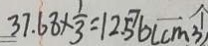
3 7 . 6 8 \times \frac { 1 } { 3 } = 1 2 . 5 6 ( c m ^ { 3 } )